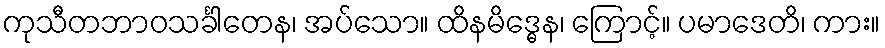
ကုသီတဘာဝသင်္ခါတေန၊ အပ်သော။ ထိနမိဒ္ဓေန၊ ကြောင့်။ ပမာဒေတိ၊ ကား။